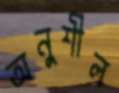
অনুশীল